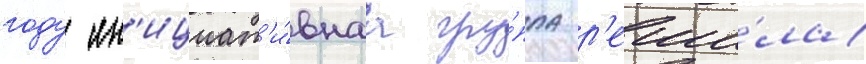
году ин'ициат'и́внаа гру́ппа р'еши́ла